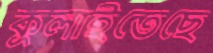
কুলাইতেছে